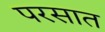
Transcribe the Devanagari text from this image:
परसात